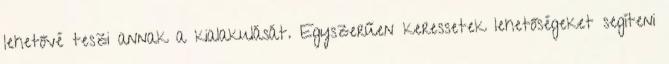
lehetővé teszi annak a kialakulását. Egyszerűen keressetek lehetőségeket segíteni